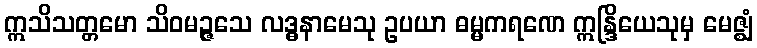
ဣသိသတ္တမော သိဝမဉ္ဇသေ လဒ္ဓနာမေသု ဥပယာ ဓမ္မကရဏေ ဣန္ဒြိယေသုမှ မေဇ္ဈံ